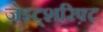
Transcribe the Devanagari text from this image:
ज़ेइट्शरिफ़्ट